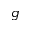
g